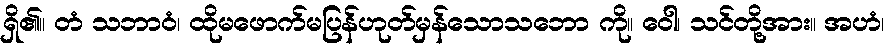
ရှိ၏။ တံ သဘာဝံ၊ ထိုမဖောက်မပြန်ဟုတ်မှန်သောသဘော ကို။ ဝေါ၊ သင်တို့အား။ အဟံ၊